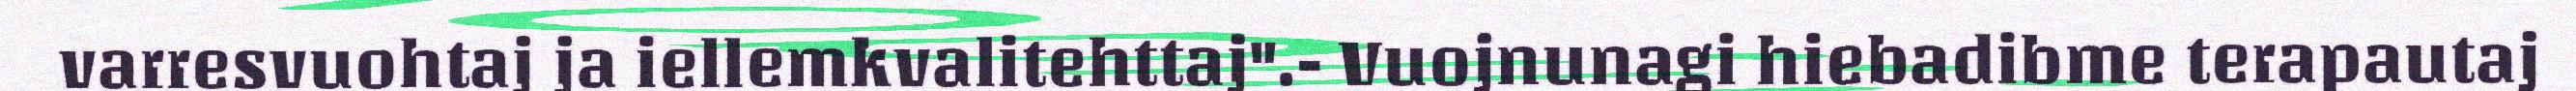
varresvuohtaj ja iellemkvalitehttaj".- Vuojnunagi hiebadibme terapautaj